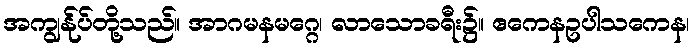
အကျွန်ုပ်တို့သည်။ အာဂမနမဂ္ဂေ၊ လာသောခရီး၌။ ဧကေနဥပါသကေန၊